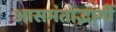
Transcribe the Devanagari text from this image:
आसमंताद्भागीं